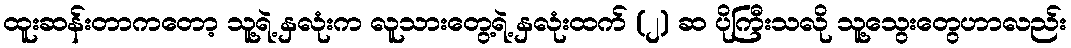
ထူးဆန်းတာကတော့ သူ့ရဲ့ နှလုံးက လူသားတွေ့ရဲ့ နှလုံးထက် (၂) ဆ ပိုကြီးသလို သူ့သွေးတွေဟာလည်း